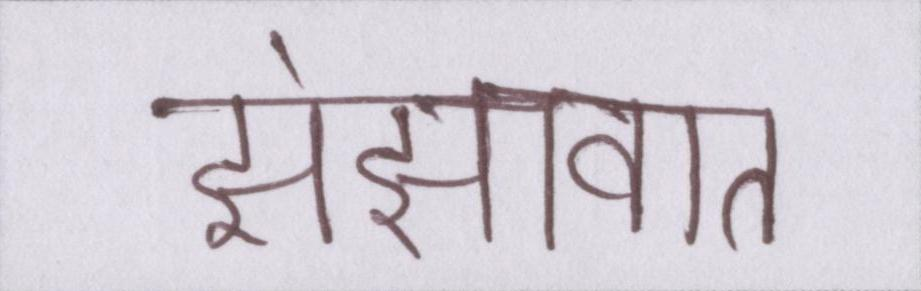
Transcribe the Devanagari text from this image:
झंझावात